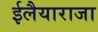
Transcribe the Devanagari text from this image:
ईलैयाराजा